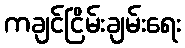
ကချင်ငြိမ်းချမ်းရေး